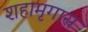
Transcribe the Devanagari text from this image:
शहामृगास